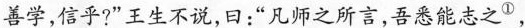
善学，信乎？“王生不说，曰：”凡师之所言，吾悉能志之,